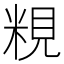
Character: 粯